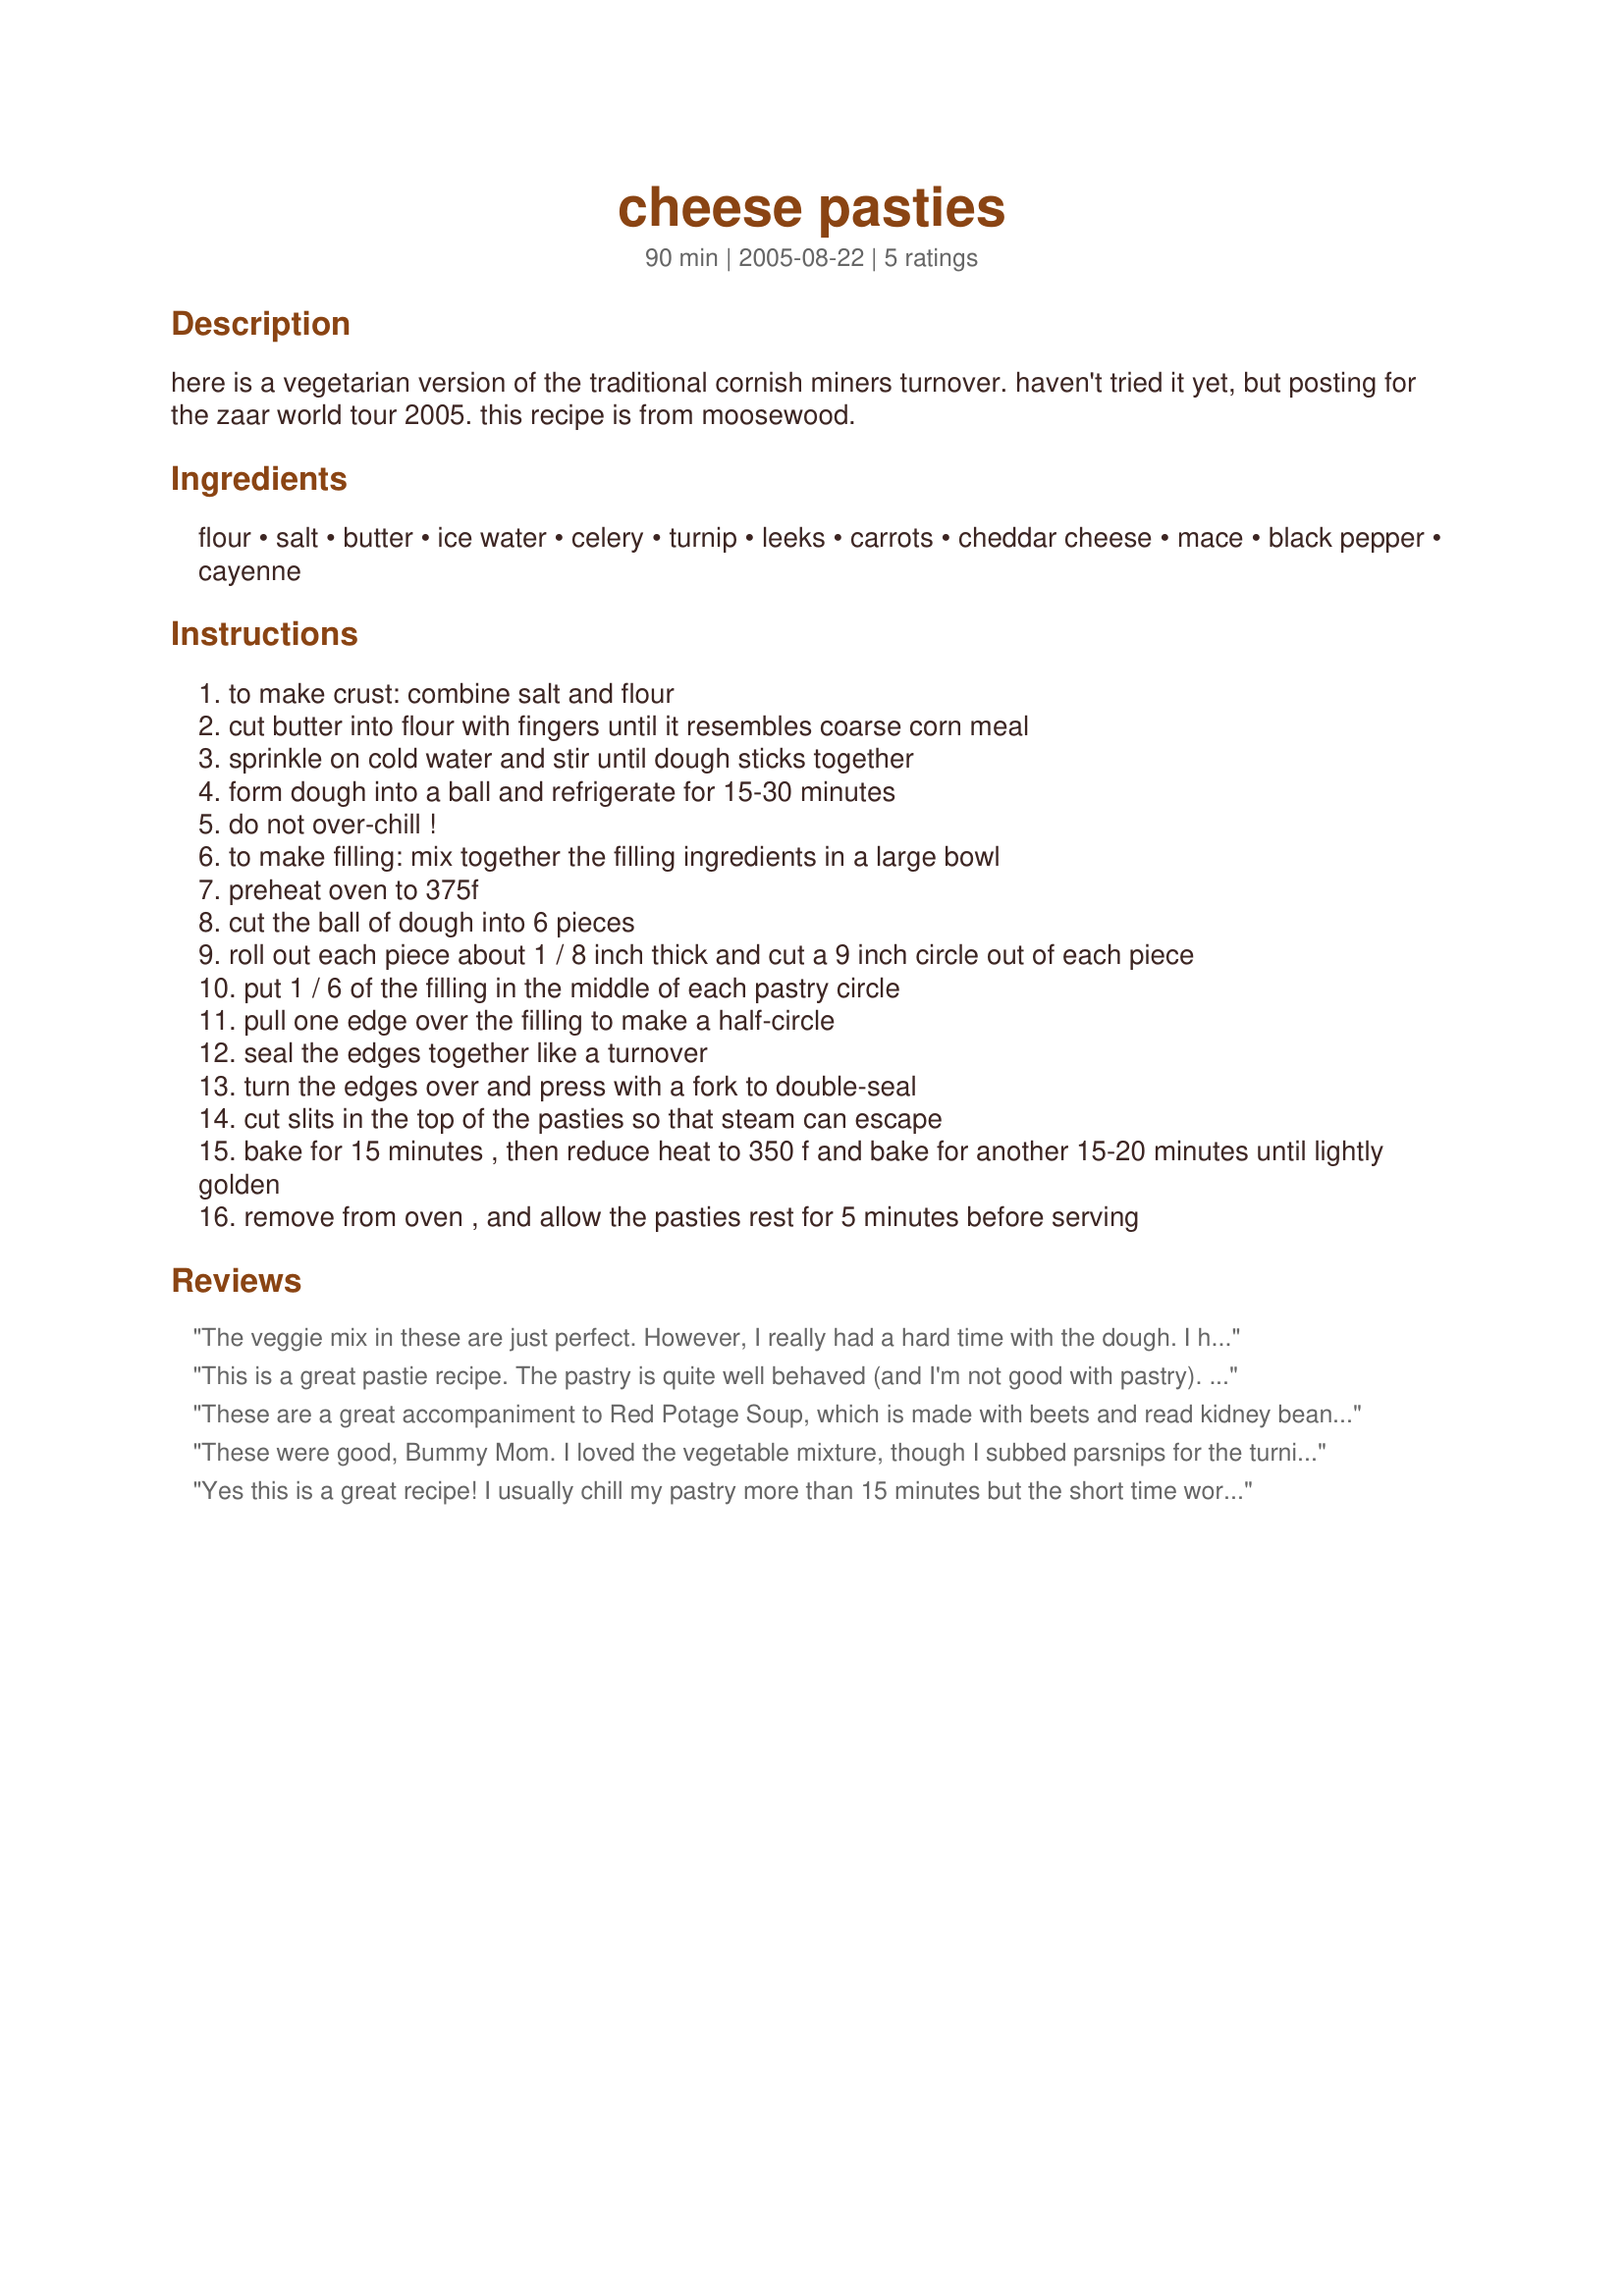
cheese pasties
Preparation time: 90 minutes

here is a vegetarian version of the traditional cornish miners turnover. haven't tried it yet, but posting for the zaar world tour 2005. this recipe is from moosewood.

Ingredients:
flour, salt, butter, ice water, celery, turnip, leeks, carrots, cheddar cheese, mace, black pepper, cayenne

Steps:
to make crust: combine salt and flour
cut butter into flour with fingers until it resembles coarse corn meal
sprinkle on cold water and stir until dough sticks together
form dough into a ball and refrigerate for 15-30 minutes
do not over-chill !
to make filling: mix together the filling ingredients in a large bowl
preheat oven to 375f
cut the ball of dough into 6 pieces
roll out each piece about 1 / 8 inch thick and cut a 9 inch circle out of each piece
put 1 / 6 of the filling in the middle of each pastry circle
pull one edge over the filling to make a half-circle
seal the edges together like a turnover
turn the edges over and press with a fork to double-seal
cut slits in the top of the pasties so that steam can escape
bake for 15 minutes , then reduce heat to 350 f and bake for another 15-20 minutes until lightly golden
remove from oven , and allow the pasties rest for 5 minutes before serving

Reviews:
The veggie mix in these are just perfect. However, I really had a hard time with the dough. I had to use between 6 and 11 TBS or more just to get the dough to come together. I'm not really good with making pastry, so it was really hard for me to follow the vague directions. I'll try it again. Thanks.
This is a great pastie recipe. The pastry is quite well behaved (and I'm not good with pastry). I must admit that I always add potato and peas to the filling, but you deifinitely need the turnip in there and lots of black pepper. I usually end up with left-over filling and I turn it into soup.
These are a great accompaniment to Red Potage Soup, which is made with beets and read kidney beans. These recipes can both be found in the Sundays at Moosewood Cookbook. A new variation on tomato soup and grilled cheese. So satisfying on a cold winter day with your family!!
These were good, Bummy Mom. I loved the vegetable mixture, though I subbed parsnips for the turnips, and I sauteed all of the vegetables in a tablespoon of oil for five minutes. The pastry is wonderfully flakey but a touch on the dry side. I wouldn't change the pastry...but I would make the filling in a cheese sauce rather than grated cheese. The sauce would really complement the flakey pastry and would make the recipe outstanding.
Yes this is a great recipe! I usually chill my pastry more than 15 minutes but the short time worked well, the pastry was easy to handle! I added in some fresh garlic and increased the cayenne to the filling, otherwise made as stated. Thanks Bunny!...Kitten:)
